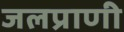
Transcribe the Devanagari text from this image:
जलप्राणी